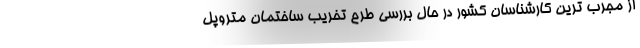
از مجرب ترین کارشناسان کشور در حال بررسی طرح تخریب ساختمان متروپل